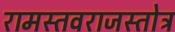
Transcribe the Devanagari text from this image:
रामस्तवराजस्तोत्र